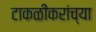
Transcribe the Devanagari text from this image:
टाकळीकरांच्या